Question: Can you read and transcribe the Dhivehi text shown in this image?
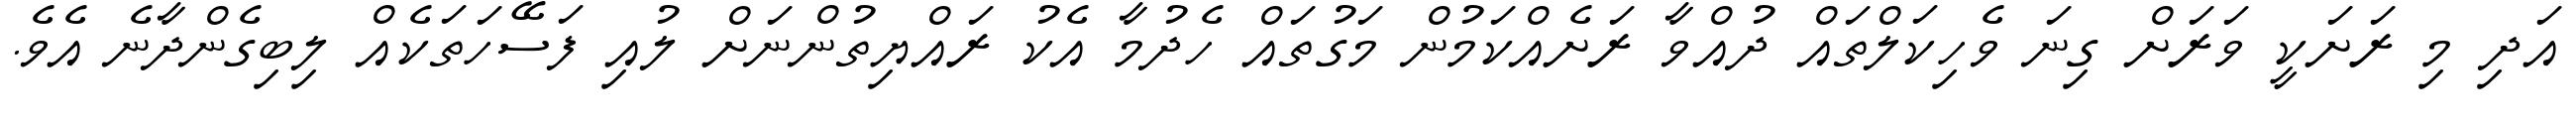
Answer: އަދި މި ރަށަކީ ވަރަށް ގިނަ ވެހިކަލްތައް ދުއްވާ ރަށެއްކަމުން މަގުތައް ހެދުމާ އެކު ރައްޔިތުންނަށް ލުއި ފަސޭހަތަކެއް ލިބިގެންދާނެ އެވެ.